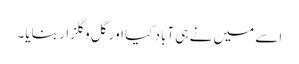
اسے میں نے ہی آباد کیا اور گل و گلزار بنایا۔